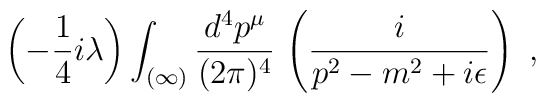
\left(-\frac{1}{4}i\lambda\right)\int_{(\infty)}\frac{d^4p^\mu}{(2\pi)^4}\,\left(\frac{i}{p^2-m^2+i\epsilon}\right)\ ,